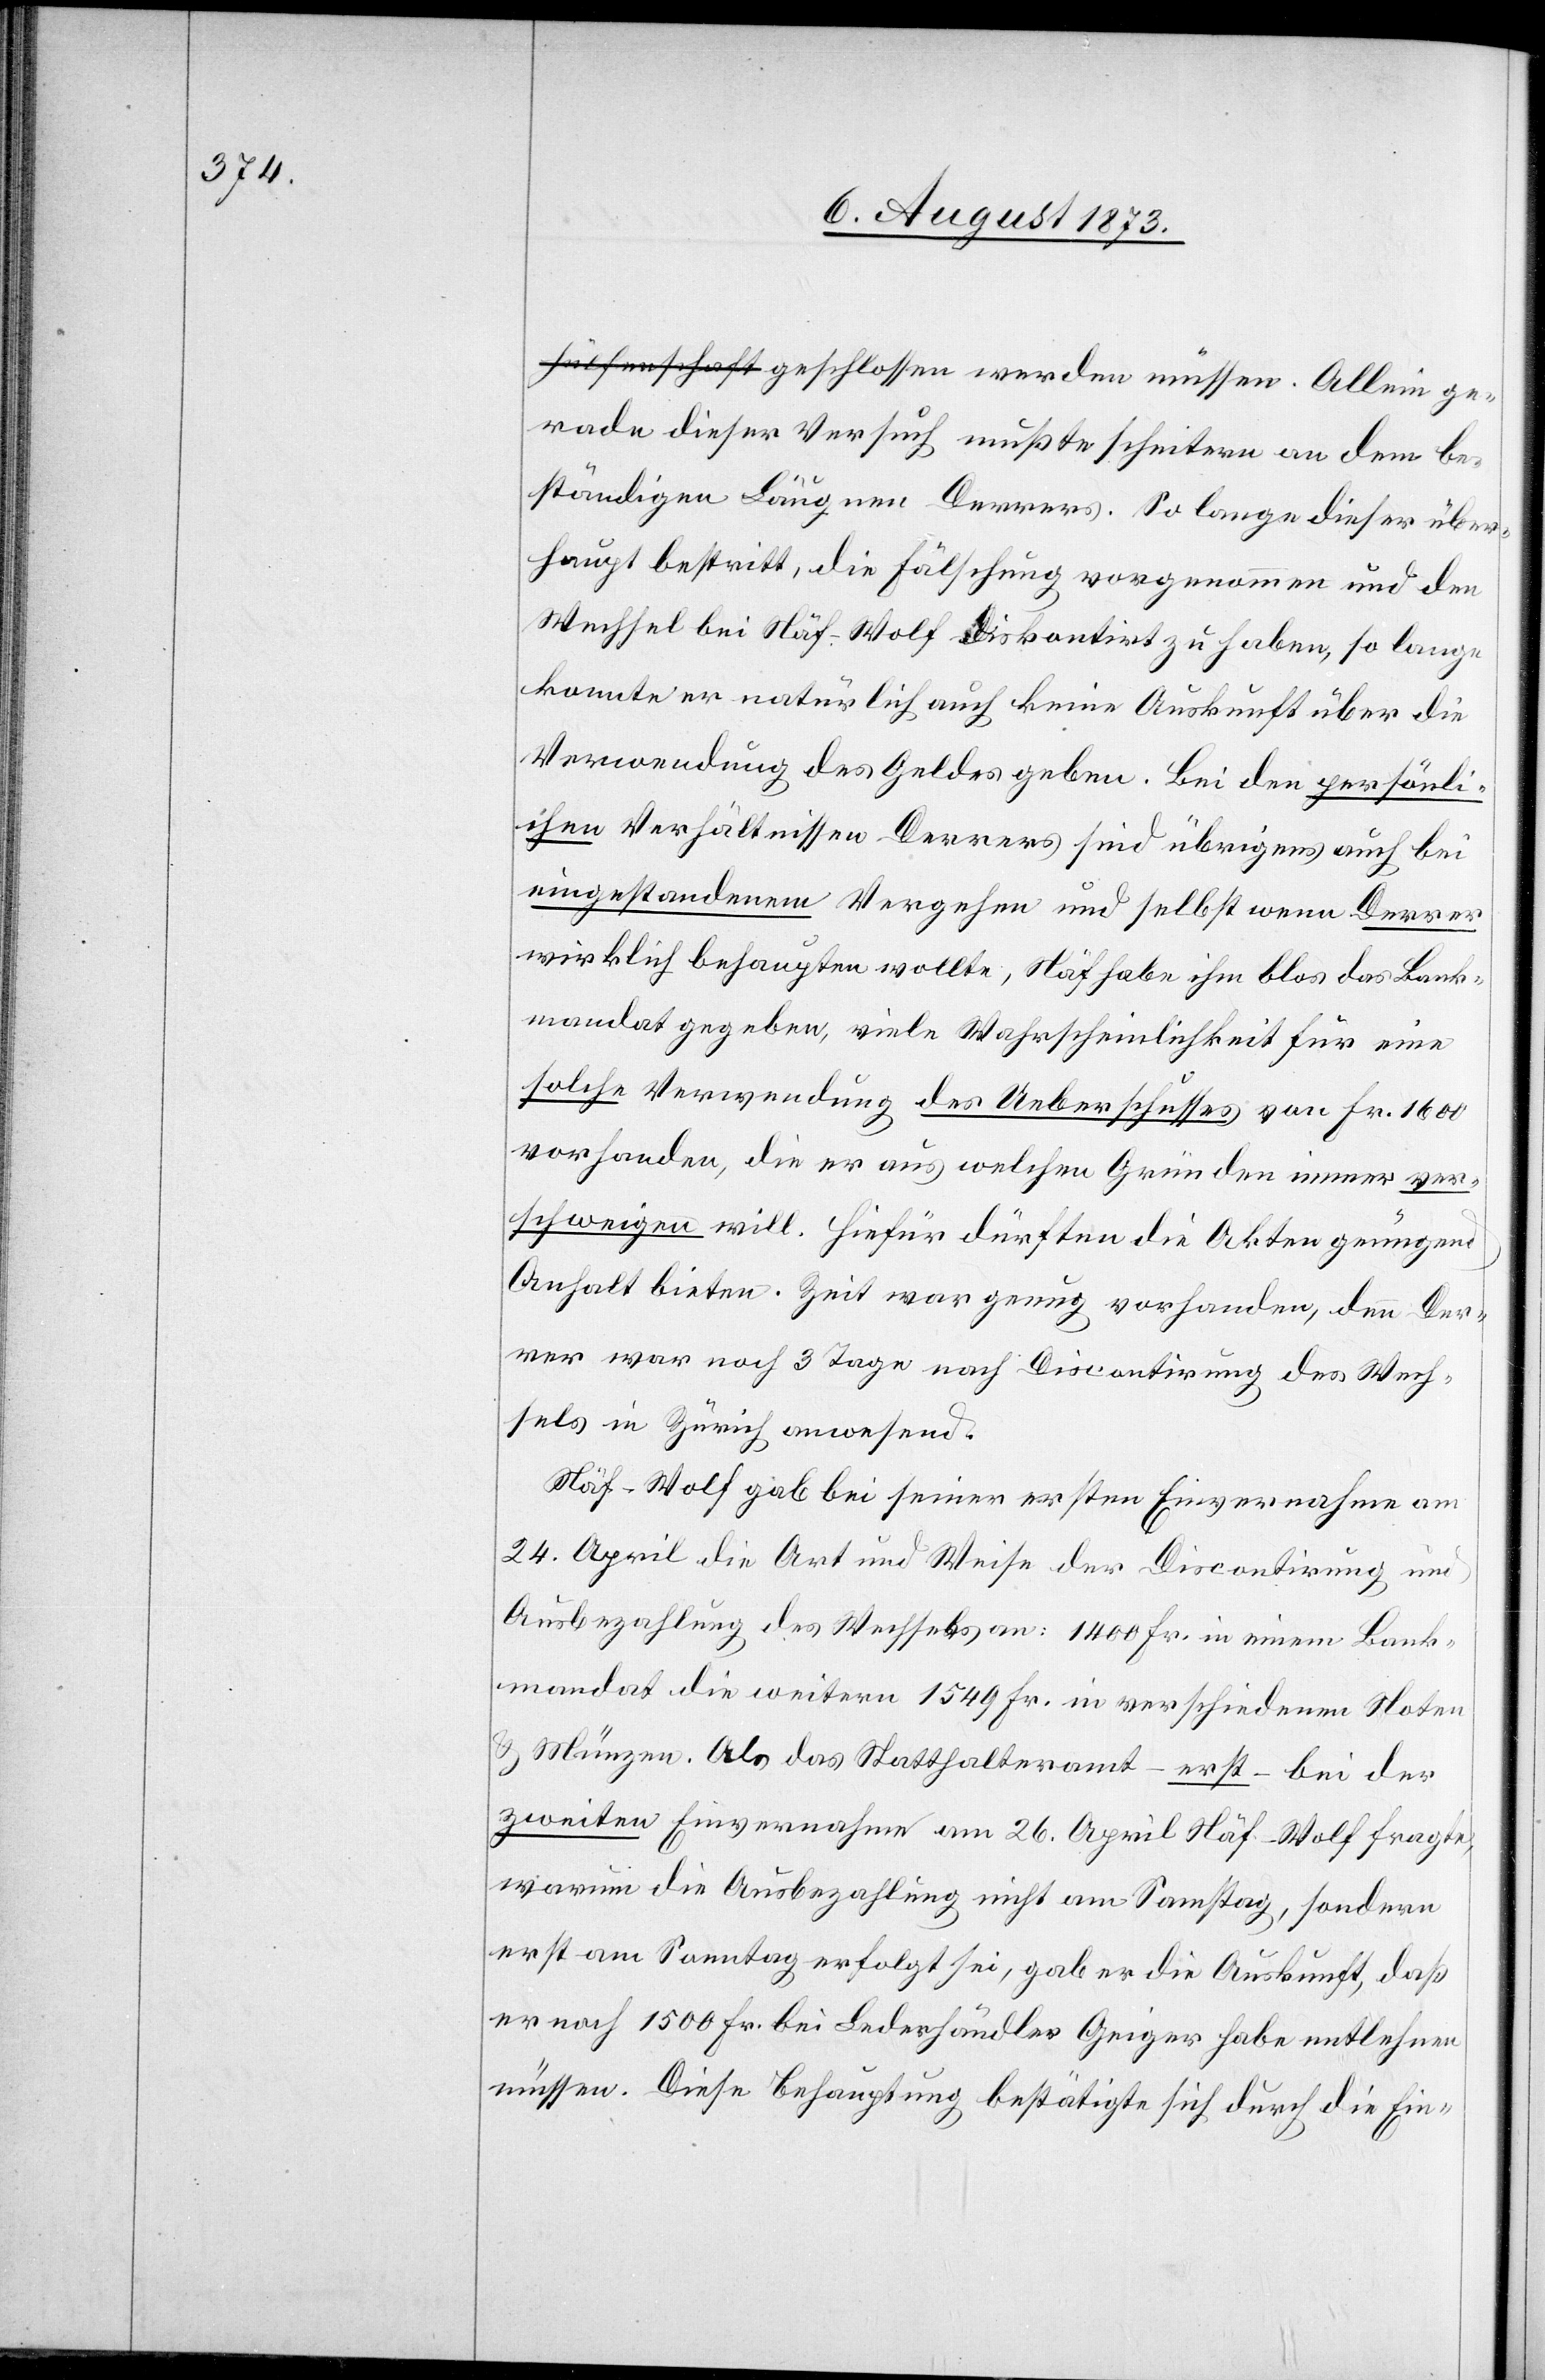
gerade dieser Versuch mußte scheitern an dem be¬
ständigen Läugnen Derrers. So lange dieser über¬
haupt bestritt, die Fälschung vorgenommen und den
Wechsel bei Näf-Wolf diskontirt zu haben, so lange
konnte er natürlich auch keine Auskunft über die
Verwendung des Geldes geben. Bei den persönli¬
chen Verhältnissen Derrers sind übrigens auch bei
eingestandenem Vergehen und selbst wenn Derrer
wirklich behaupten wollte, Näf habe ihm blos das Bank¬
mandat gegeben, viele Wahrscheinlichkeit für eine
solche Verwendung des Ueberschusses von Fr. 1 600
vorhanden, die er aus welchen Gründen immer ver¬
schweigen will. Hiefür dürften die Akten genügend
Anhalt bieten. Zeit war genug vorhanden, denn Der¬
rer war noch 3 Tage nach Discontirung des Wech¬
sels in Zürich anwesend.
Näf-Wolf gab bei seiner ersten Einvernahme am
24. April die Art und Weise der Discontirung und
Ausbezahlung des Wechsels an: 1 400 Fr. in einem Bank¬
mandat die weitern 1 549 Fr. in verschiedenen Noten
& Münzen. Als das Statthalteramt – erst – bei der
zweiten Einvernahme am 26. April Näf-Wolf fragte,
warum die Ausbezahlung nicht am Samstag, sondern
erst am Sonntag erfolgt sei, gab er die Auskunft, daß
er noch 1 500 Fr. bei Lederhändler Geiger habe entlehnen
müssen. Diese Behauptung bestätigte sich durch die Ein-